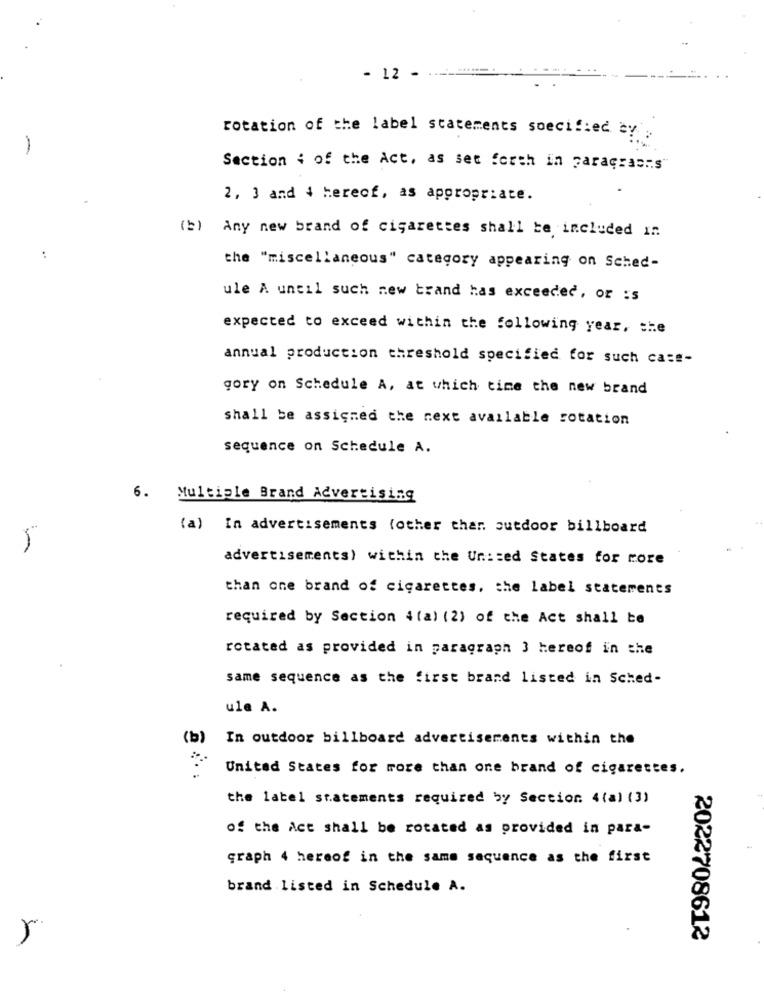
- 12 -
rotation of the label statements soecified av .
-
Section : of the Act, as set forth in paragras .. s"
2, 3 and 4 hereof, as appropriate.
(b) Any new brand of cigarettes shall be included In
the "miscellaneous" category appearing on Sched-
ule A uncil such new trand has exceeded, or :s
expected to exceed within the following year, the
annual production threshold specified for such case-
gory on Schedule A, at which time the new brand
shall be assigned the next available rotation
sequence on Schedule A.
6.
Multiple Brand Advertising
(a) In advertisements (other than outdoor billboard
advertisements) within the Un :: ed States for core
than one brand of cigarettes, the label statements
required by Section 4 (a) (2) of the Act shall be
rotated as provided in paragraph 3 hereof in the
same sequence as the first brand listed in Sched-
ule A.
(b)
In outdoor billboard advertisements within the
United States for more than one brand of cigarettes.
the label statements required by Section 4 (a) (3)
of the Act shall be rotated as provided in para-
graph 4 hereof in the same sequence as the first
brand listed in Schedule A.
2022708612